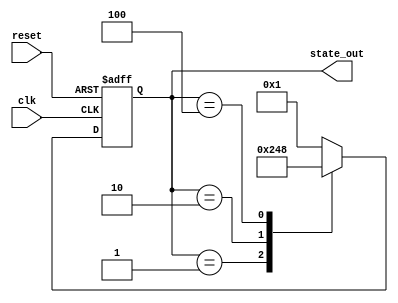
module StateInitialization (
    input wire clk,            // Clock signal
    input wire reset,          // Reset signal (active high)
    output reg [3:0] state_out // State output (4 bits for example)
);

// Internal state registers
reg [3:0] state;

// Predefined initial state values
parameter INITIAL_STATE = 4'b0001; // Example initial state value

// State transition logic
always @(posedge clk or posedge reset) begin
    if (reset) begin
        // Initialization Logic: Assign initial values on reset
        state <= INITIAL_STATE;
    end else begin
        // Clock-Driven State Updates: Update state logic here
        // Example: A simple state transition example
        case (state)
            4'b0001: state <= 4'b0010; // Transition from state 1 to state 2
            4'b0010: state <= 4'b0100; // Transition from state 2 to state 3
            4'b0100: state <= 4'b1000; // Transition from state 3 to state 4
            4'b1000: state <= 4'b0001; // Loop back to state 1
            default: state <= INITIAL_STATE; // Fallback to initial state
        endcase
    end
end

// Output logic: Assign state to output
assign state_out = state;

endmodule